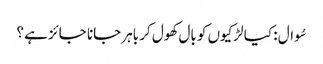
سُوال : کیا لڑکیوں کو بال کھول کر باہر جانا جائز ہے ؟